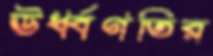
ঊর্ধ্বগতির